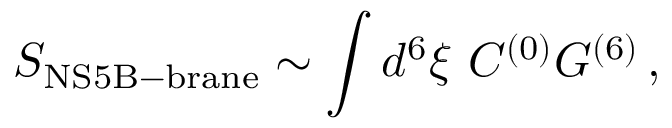
S _ { \mathrm { N S 5 B - b r a n e } } \sim \int d ^ { 6 } \xi \ C ^ { ( 0 ) } { \cal G } ^ { ( 6 ) } \, ,